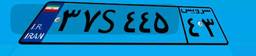
۲۹S۹۴۲۵۹